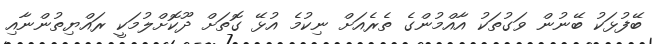
ބޭފުޅަކު ބޭނުން ވަގުތަކު އާއްމުންގެ ތެރެއަށް ނިކުމެ އުޅޭ ގޮތަށް ދޫކޮށްލުމަކީ ރައްޔިތުންނާއި